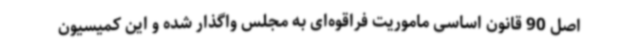
اصل 90 قانون اساسی ماموریت فراقوه‌ای به مجلس واگذار شده و این کمیسیون